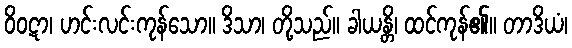
ဝိဝဋာ၊ ဟင်းလင်းကုန်သော။ ဒိသာ၊ တို့သည်။ ခါယန္တိ၊ ထင်ကုန်၏။ တာဒိယံ၊